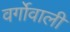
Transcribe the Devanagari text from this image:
वर्गोवाली